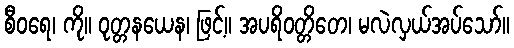
စီဝရေ၊ ကို။ ဝုတ္တနယေန၊ ဖြင့်။ အပရိဝတ္တိတေ၊ မလဲလှယ်အပ်သော်။